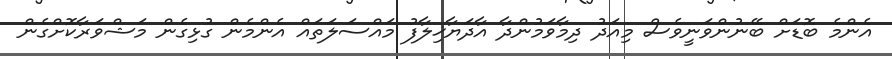
އެންމެ ބޮޑަށް ބޭނުންވަނީވެސް މިއަދު ދިމާވަމުންދާ އާދަޔާޚިލާފު މައްސަލަތައް އެންމެން ގުޅިގެން މަޝްވަރާކޮށްގެން